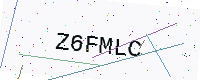
Text: Z6FMLC